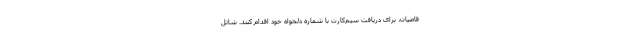
قاضیان، برای دریافت سیم‌کارت با شماره دلخواه خود اقدام کنند. شاتل